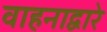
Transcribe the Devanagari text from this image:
वाहनाद्वारे